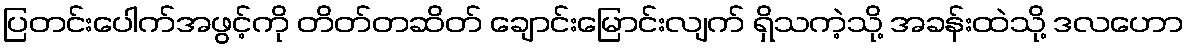
ပြတင်းပေါက်အဖွင့်ကို တိတ်တဆိတ် ချောင်းမြောင်းလျက် ရှိသကဲ့သို့ အခန်းထဲသို့ ဒလဟော